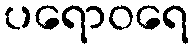
ပရောဝရေ